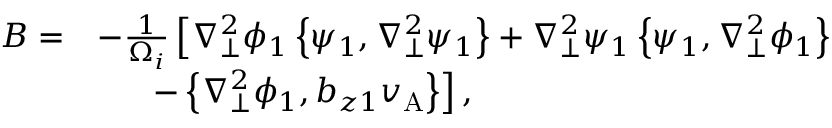
\begin{array} { r l } { B = } & { - \frac { 1 } { \Omega _ { i } } \left[ \nabla _ { \perp } ^ { 2 } \phi _ { 1 } \left\{ \psi _ { 1 } , \nabla _ { \perp } ^ { 2 } \psi _ { 1 } \right\} + \nabla _ { \perp } ^ { 2 } \psi _ { 1 } \left\{ \psi _ { 1 } , \nabla _ { \perp } ^ { 2 } \phi _ { 1 } \right\} \right. } \\ & { \phantom { \frac { 1 } { \Omega _ { i } } } \left. - \left\{ \nabla _ { \perp } ^ { 2 } \phi _ { 1 } , b _ { z 1 } v _ { \mathrm { A } } \right\} \right] , } \end{array}